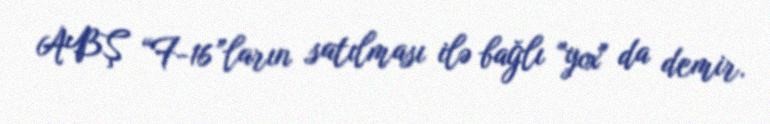
ABŞ “F-16”ların satılması ilə bağlı "yox" da demir.